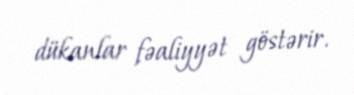
dükanlar fəaliyyət göstərir.